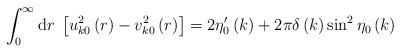
LaTeX: \begin{align*}\int_0^\infty{\rm d}r\;\left[u_{k0}^2\left(r\right)-v_{k0}^2\left(r\right)\right]=2\eta'_0\left(k\right)+2\pi\delta\left(k\right)\sin^2\eta_0\left(k\right)\end{align*}